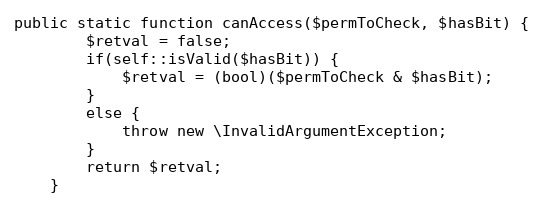
Language: PHP
public static function canAccess($permToCheck, $hasBit) {
		$retval = false;
		if(self::isValid($hasBit)) {
			$retval = (bool)($permToCheck & $hasBit);
		}
		else {
			throw new \InvalidArgumentException;
		}
		return $retval;
	}